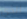
الذي